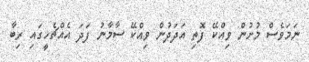
ނަމަވެސް މުށުން ވިއްކޭ ފޮތި އަދަދުން ވިއްކޭ ސާމާނު ފަދަ އެއްޗެހީގައި ރިބާ